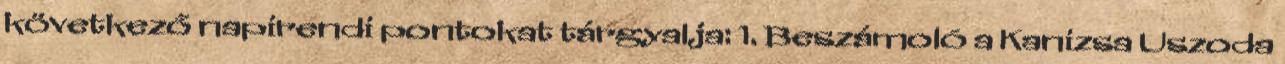
következő napirendi pontokat tárgyalja: 1. Beszámoló a Kanizsa Uszoda